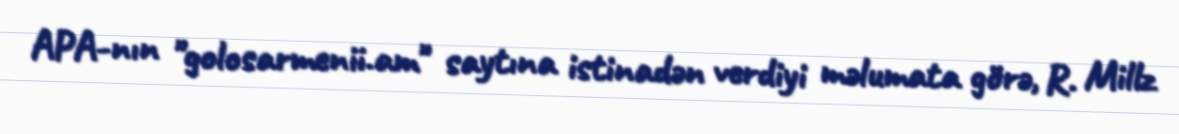
APA-nın "golosarmenii.am" saytına istinadən verdiyi məlumata görə, R. Millz